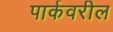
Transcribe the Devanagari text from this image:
पार्कवरील